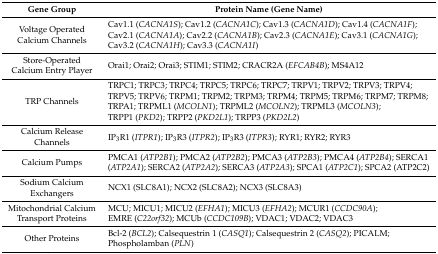
| Gene Group | Protein Name (Gene Name) |
 | --- | --- |
 | Voltage Operated Calcium Channels | Cav1.1 (CACNA1S); Cav1.2 (CACNA1C); Cav1.3 (CACNA1D); Cav1.4 (CACNA1F); Cav2.1 (CACNA1A); Cav2.2 (CACNA1B); Cav2.3 (CACNA1E); Cav3.1 (CACNA1G); Cav3.2 (CACNA1H); Cav3.3 (CACNA1I) |
 | Store-Operated Calcium Entry Player | Orai1; Orai2; Orai3; STIM1; STIM2; CRACR2A (EFCAB4B); MS4A12 |
 | TRP Channels | TRPC1; TRPC3; TRPC4; TRPC5; TRPC6; TRPC7; TRPV1; TRPV2; TRPV3; TRPV4; TRPV5; TRPV6; TRPM1; TRPM2; TRPM3; TRPM4; TRPM5; TRPM6; TRPM7; TRPM8; TRPA1; TRPML1 (MCOLN1); TRPML2 (MCOLN2); TRPML3 (MCOLN3); TRPP1 (PKD2); TRPP2 (PKD2L1); TRPP3 (PKD2L2) |
 | Calcium Release Channels | IP3R1 (ITPR1); IP3R3 (ITPR2); IP3R3 (ITPR3); RYR1; RYR2; RYR3 |
 | Calcium Pumps | PMCA1 (ATP2B1); PMCA2 (ATP2B2); PMCA3 (ATP2B3); PMCA4 (ATP2B4); SERCA1 (ATP2A1); SERCA2 (ATP2A2); SERCA3 (ATP2A3); SPCA1 (ATP2C1); SPCA2 (ATP2C2) |
 | Sodium Calcium Exchangers | NCX1 (SLC8A1); NCX2 (SLC8A2); NCX3 (SLC8A3) |
 | Mitochondrial Calcium Transport Proteins | MCU; MICU1; MICU2 (EFHA1); MICU3 (EFHA2); MCUR1 (CCDC90A); EMRE (C22orf32); MCUb (CCDC109B); VDAC1; VDAC2; VDAC3 |
 | Other Proteins | Bcl-2 (BCL2); Calsequestrin 1 (CASQ1); Calsequestrin 2 (CASQ2); PICALM; Phospholamban (PLN) |